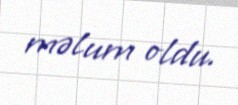
məlum oldu.